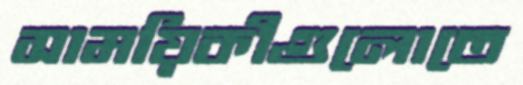
সাময়িকীগুলোতে